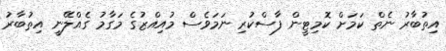
އިތުބާރު ނެތް ކަމަށް ކޮމިޓީން ފާސްކުރި ނަމަވެސް މުއިއްޒުގެ މަގާމު ގެއްލޭނީ އިތުބާރު